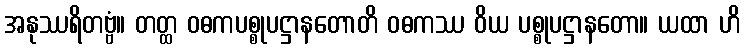
အနုဿရိတဗ္ဗံ။ တတ္ထ ဝဓကပစ္စုပဋ္ဌာနတောတိ ဝဓကဿ ဝိယ ပစ္စုပဋ္ဌာနတော။ ယထာ ဟိ